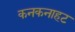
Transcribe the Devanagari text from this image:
कनकनाहट